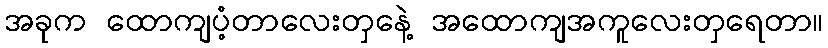
အခုက ထောကျပံ့တာလေးတှနေဲ့ အထောကျအကူလေးတှရေတာ။